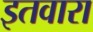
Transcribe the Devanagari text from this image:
इतवारा